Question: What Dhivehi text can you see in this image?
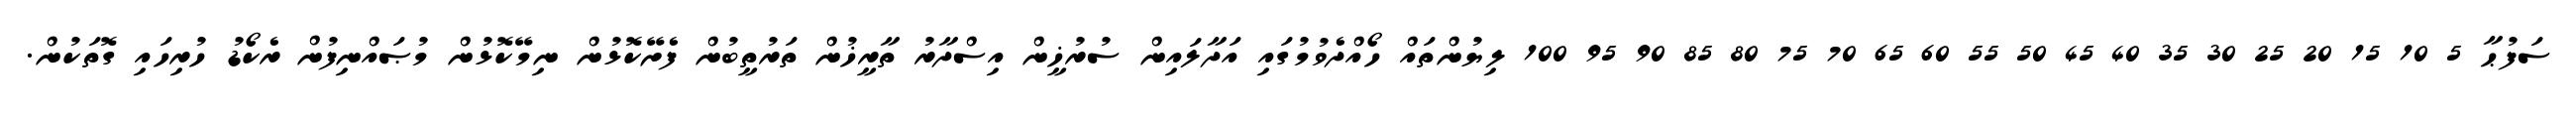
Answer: ސަފުޙާ 5 10 15 20 25 30 35 40 45 50 55 60 65 70 75 80 85 90 95 100 ލިޔުންތައް ހޯއްދެވުމުގައި އަދާލައިން ސުރުޚީން އިސްދާރު ތާރީޚުން ތަރުތީބުން ފެށޭކޮޅުން ނިމޭކޮޅުން މުޞައްނިފުން ރެކޯޑު ހުރިހައި ގޮތަކުން.